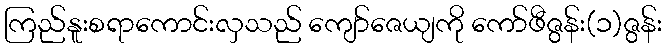
ကြည်နူးစရာကောင်းလှသည် ကျော်ဇေယျကို ကော်ဖီဇွန်း(၁)ဇွန်း